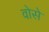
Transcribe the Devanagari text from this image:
वोसे